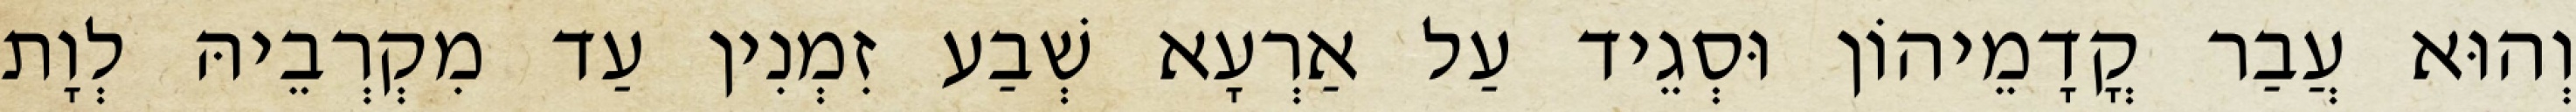
וְהוּא עֲבַר קֳדָמֵיהוֹן וּסְגֵיד עַל אַרְעָא שְׁבַע זִמְנִין עַד מִקְרְבֵיהּ לְוָת